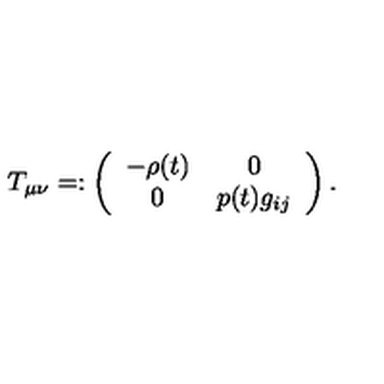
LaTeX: T _ { \mu \nu } = : \left( \begin{array} { c c } { - \rho ( t ) } & { 0 } \\ { 0 } & { p ( t ) g _ { i j } } \\ \end{array} \right) .